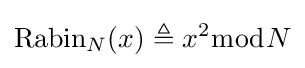
\operatorname {Rabin} _{N}(x)\triangleq x^{2}{\bmod {N}}